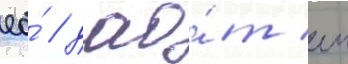
ео́ / дао́т еи